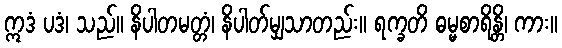
ဣဒံ ပဒံ၊ သည်။ နိပါတမတ္တံ၊ နိပါတ်မျှသာတည်း။ ရက္ခတိ ဓမ္မစာရိန္တိ၊ ကား။